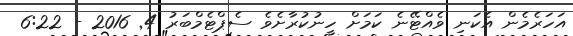
އަހަރެމެން އެކަނި ވެއްޓޭނެ ކަމަށް ހީނުކުރާށެވެ ސެޕްޓެމްބަރު 4